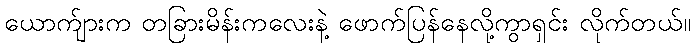
ယောက်ျားက တခြားမိန်းကလေးနဲ့ ဖောက်ပြန်နေလို့ကွာရှင်း လိုက်တယ်။